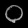
Digit: ၀